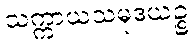
သက္ကာယသမုဒယဉ္စ